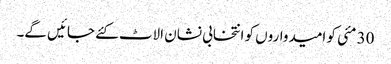
30 مئی کو امیدواروں کو انتخابی نشان الاٹ کئے جائیں گے۔